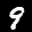
Label: 9